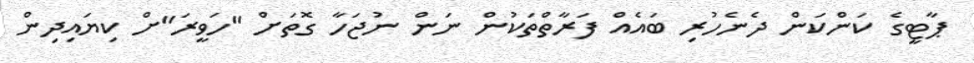
ޕާޓީގެ ކަންކަން ދެނެހުރި ބައެއް ފަރާތްތަކުން ނަން ނުޖަހާ ގޮތަށް "ހަވީރަ"ށް ކިޔައިދިން